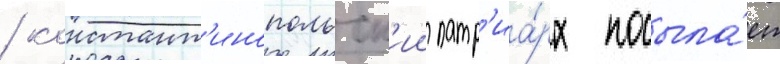
/ констант'инопольск'ии патр'иа́рх посыла́ет